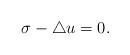
LaTeX: \begin{align*}\sigma-\bigtriangleup u=0.\end{align*}